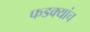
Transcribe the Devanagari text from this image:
फडक्यांच